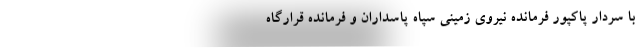
با سردار پاکپور فرمانده نیروی زمینی سپاه پاسداران و فرمانده قرارگاه